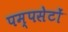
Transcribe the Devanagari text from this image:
पम्पसेटों